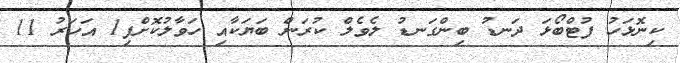
ކިނޮޅަހު ފުޓްބޯޅަ ދަނޑު ބިންގަނޑު ލެވެލް ކުރަން ބަޔަކާއި ހަވާލުކޮށްފި1 އަހަރު 11